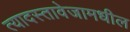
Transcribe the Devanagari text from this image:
त्यादस्तावेजामधील